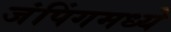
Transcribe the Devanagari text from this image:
जंपिंगमध्ये